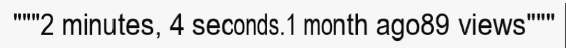
"""2 minutes, 4 seconds.1 month ago89 views"""